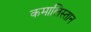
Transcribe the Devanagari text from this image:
कमालिस्तान